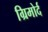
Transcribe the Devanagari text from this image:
ग्रिमोर्द